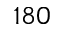
1 8 0